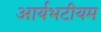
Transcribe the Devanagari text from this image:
आर्यभटीयम